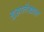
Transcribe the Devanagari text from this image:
गुहालेखात